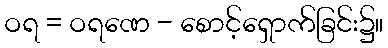
ဝရ = ဝရဏေ - စောင့်ရှောက်ခြင်း၌။